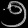
Digit: ၅